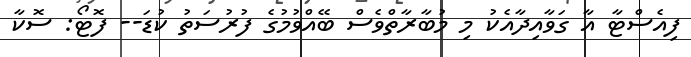
ފިއެސްޓާ އާ ގަވާއިދާއެކު މި މުބާރާތްވެސް ބޭއްވުމުގެ ފުރުސަތު ކުޑަ-- ފޮޓޯ: ސޮކާ